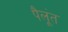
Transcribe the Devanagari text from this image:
पैलूंत